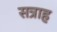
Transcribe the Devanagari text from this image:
सत्राह